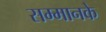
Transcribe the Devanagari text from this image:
सम्मानके